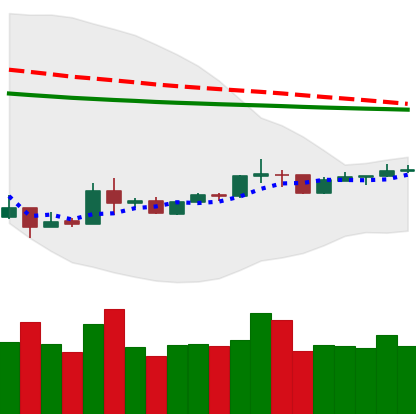
Ticker: XRP-USD
Chart end date: 2020-04-03
Forward return: 11.925%
Label: up_7plus